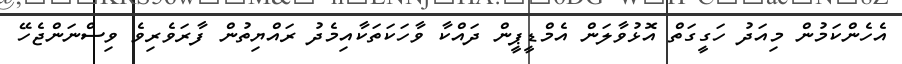
އެހެންކަމުން މިއަދު ހަގީގަތް އޮޅުވާލަން އެމްޑީޕީން ދައްކާ ވާހަކަތަކާއިމެދު ރައްޔިތުން ފާރަވެރިވެ ވިސްނަންޖެހޭ